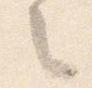
之